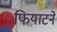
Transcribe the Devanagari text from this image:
फियाटने